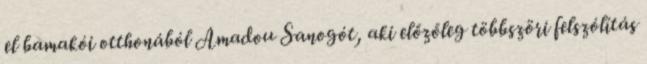
el bamakói otthonából Amadou Sanogót, aki előzőleg többszöri felszólítás